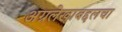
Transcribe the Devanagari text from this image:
अग्रलेखाबद्दलचा